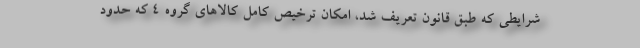
شرایطی که طبق قانون تعریف شد، امکان ترخیص کامل کالاهای گروه ۴ که حدود